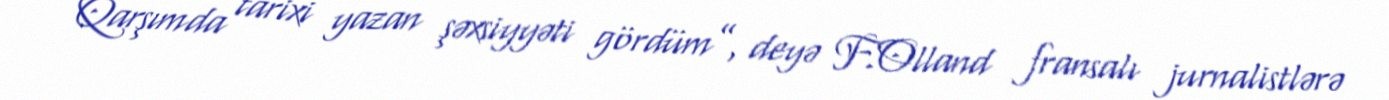
Qarşımda tarixi yazan şəxsiyyəti gördüm”, deyə F.Olland fransalı jurnalistlərə